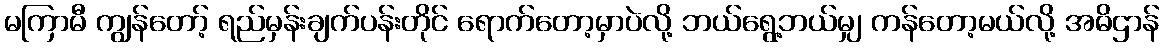
မကြာမီ ကျွန်တော့် ရည်မှန်းချက်ပန်းတိုင် ရောက်တော့မှာပဲလို့ ဘယ်ရွေ့ဘယ်မျှ ကန်တော့မယ်လို့ အဓိဌာန်